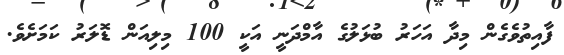
ފާއިތުވެގެން މިދާ އަހަރު ބުޅަލުގެ އާމްދަނީ އަކީ 100 މިލިއަން ޑޮލަރު ކަމަށެވެ.